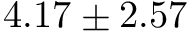
4 . 1 7 \pm 2 . 5 7